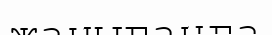
жанығанға